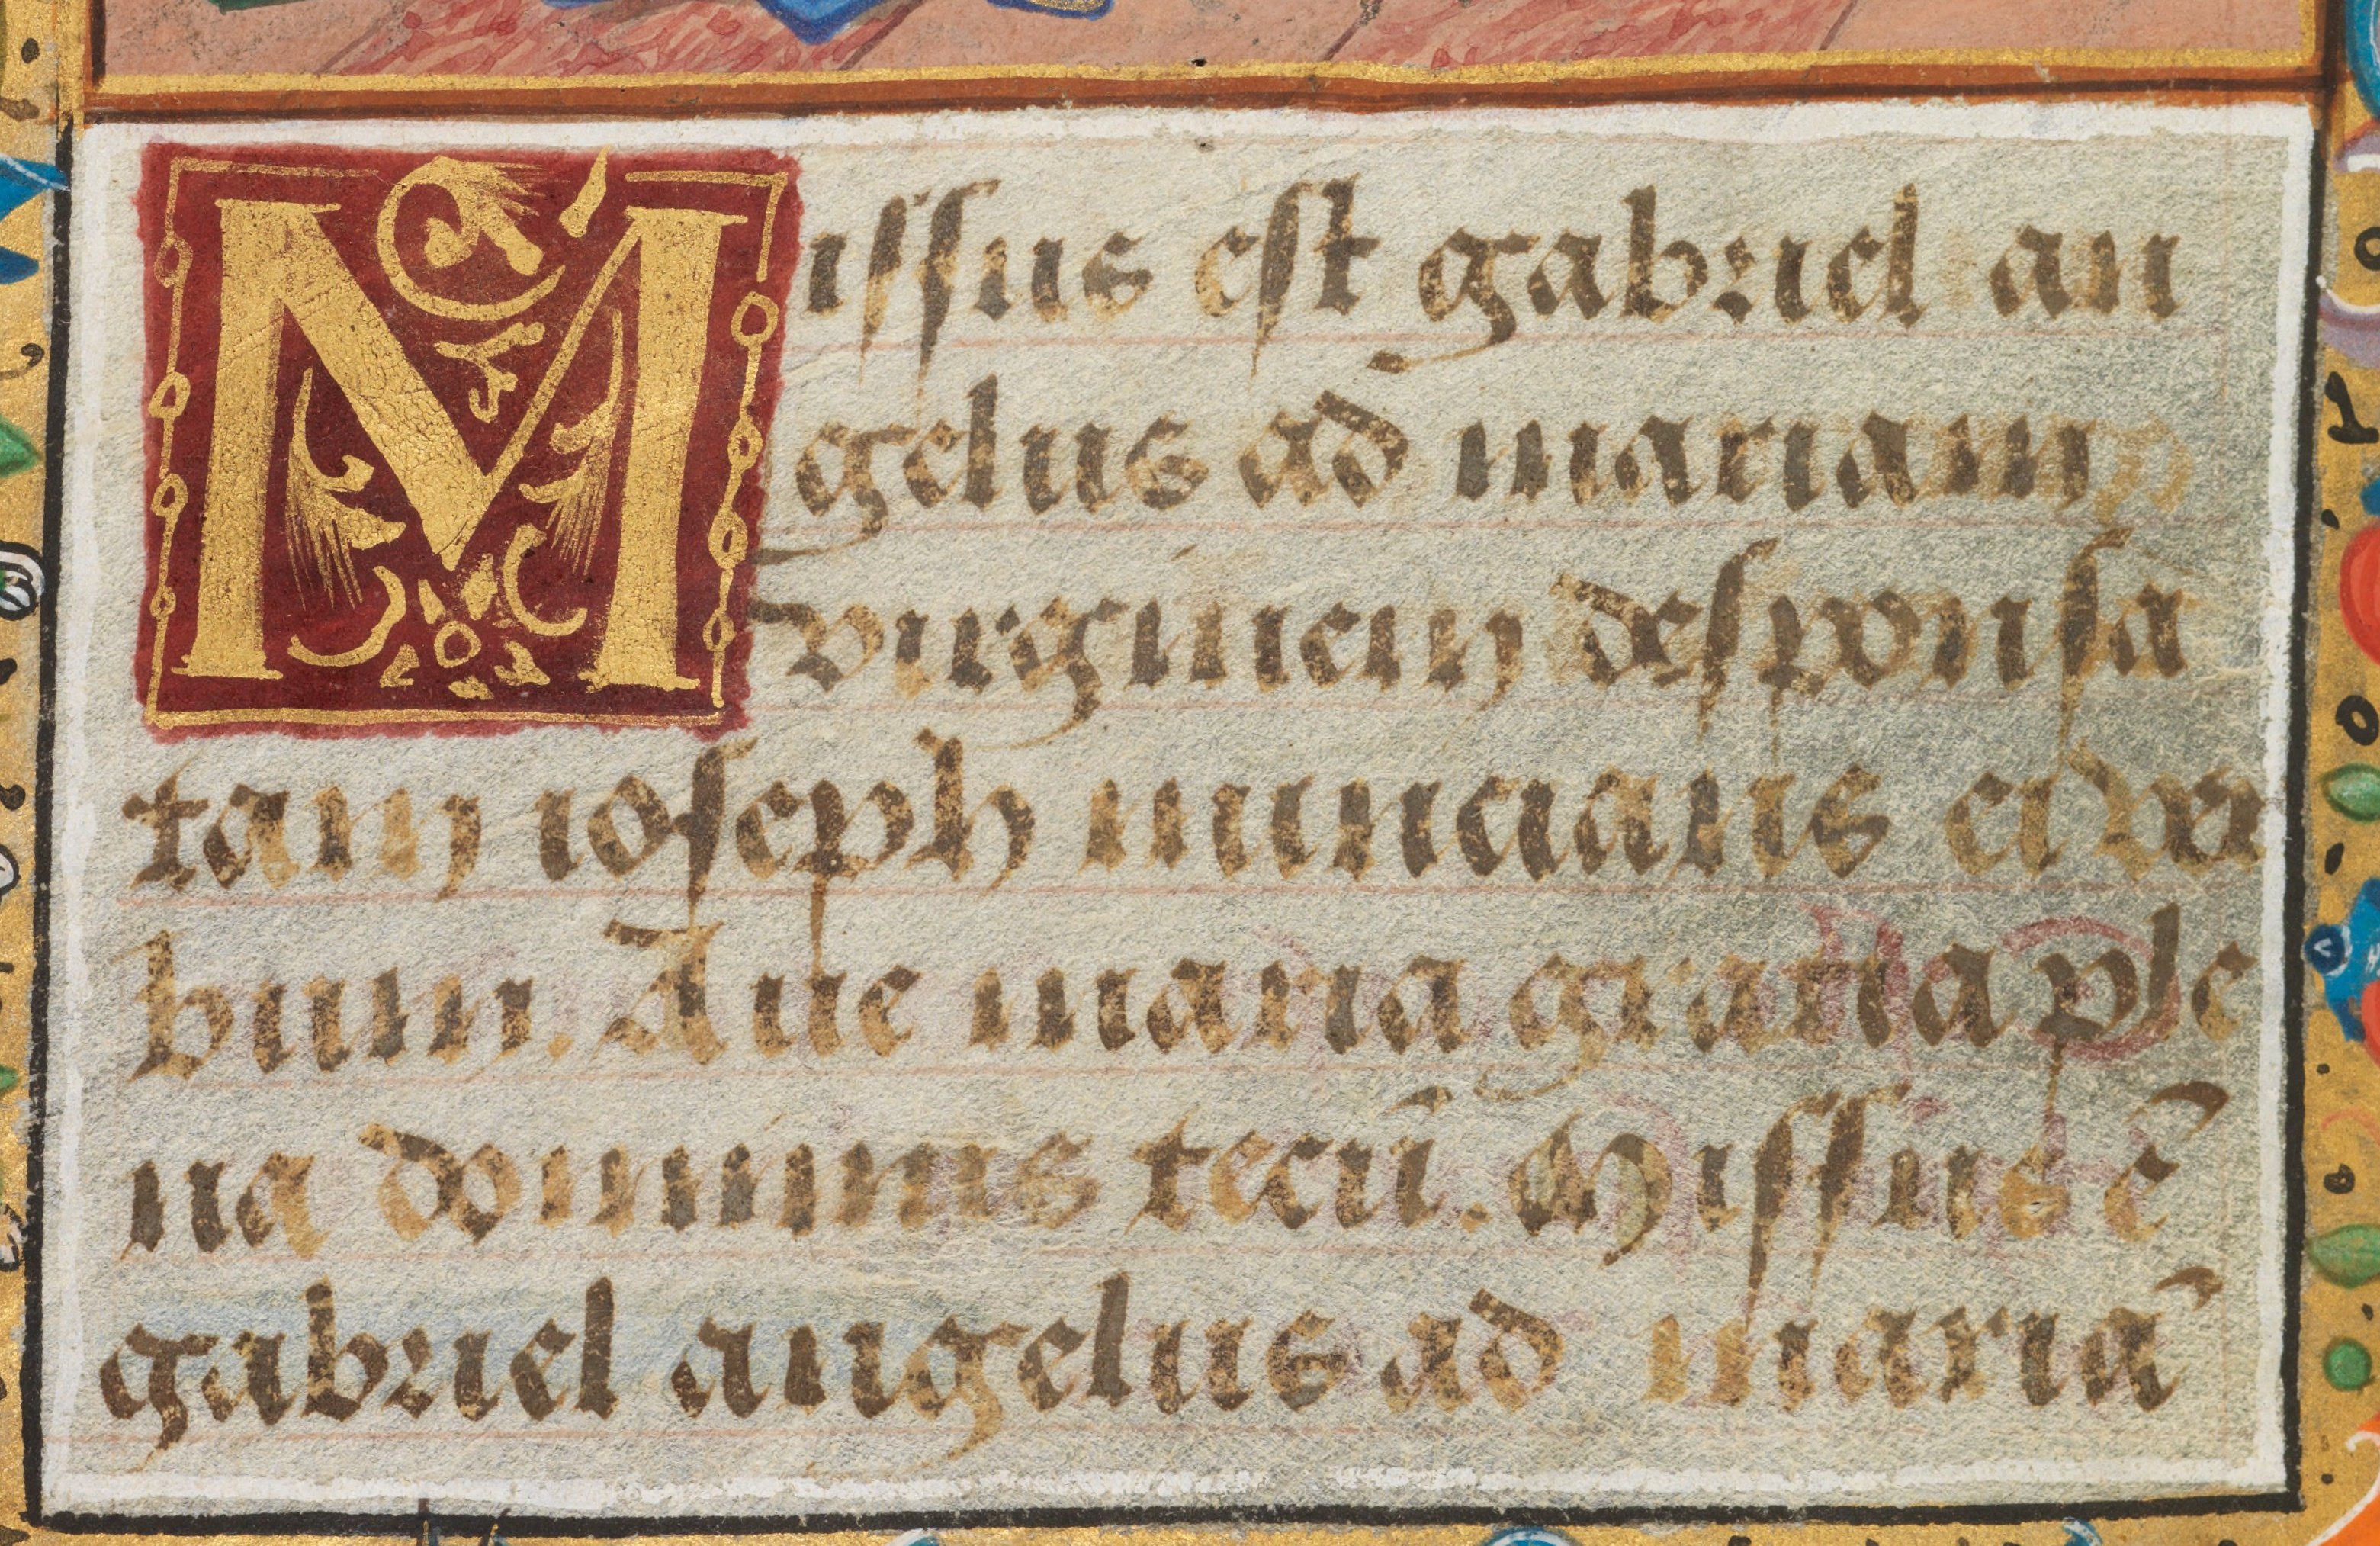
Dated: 1450–1499